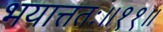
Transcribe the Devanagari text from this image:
भयात्ततः॥११॥